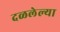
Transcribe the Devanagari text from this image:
दळलेल्या